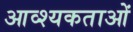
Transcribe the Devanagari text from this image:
आव्श्यकताओं